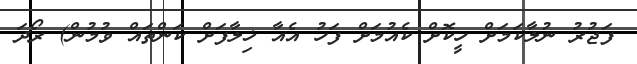
ފަޖުރު ނުލާކަމަށް ހީކޮށް ކެއުމަށް ފަހު އެއާ ޚިލާފަށް ކަންތައް ވުމުން) ރޯދަ